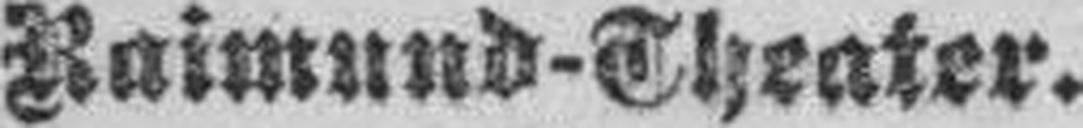
Raimund-Theater.